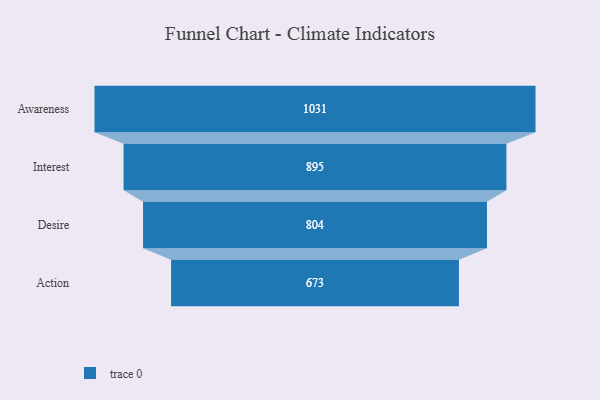
{"axis": {"x": "Stage", "y": "Value"}, "legend": [""], "data": [{"x": "Awareness", "y": 1031.0, "type": ""}, {"x": "Interest", "y": 895.0, "type": ""}, {"x": "Desire", "y": 804.0, "type": ""}, {"x": "Action", "y": 673.0, "type": ""}]}